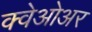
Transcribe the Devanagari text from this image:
क्वेओअर